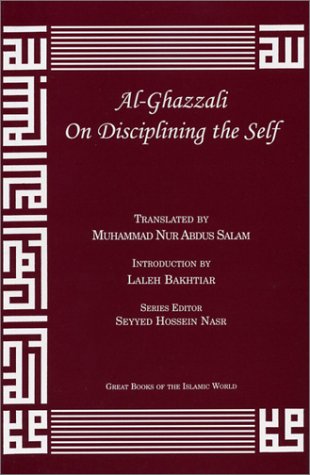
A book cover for Al-Ghazzali On Disciplining the Self (Alchemy of Happiness - the Destroyers); AbÃ» HÃ¢mid Muhammad ibn Muhammad al-GhazÃ¢lÃ®; Religion & Spirituality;